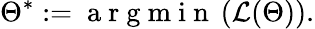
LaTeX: \Theta^{*}:=\mathrm{~a~r~g~m~i~n~}\left(\mathcal{L}(\Theta)\right).